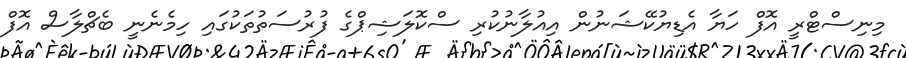
މިނިސްޓްރީ އޮފް ހަޔާ އެޑިޔުކޭޝަނުން އިއުލާނުކުރި ސްކޮލަޝިޕްގެ ފުރުސަތުތަކުގައި ހިމެނެނީ ބެޗްލާސް އޮފް